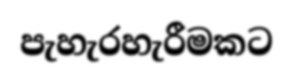
පැහැරහැරීමකට